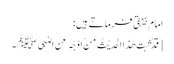
امام بیہقی ؒ فرماتے ہیں :
[قَدْ ثَبَتَ ھٰذَا الحَدِیْثُ مِنْ اَوْجُہٍ عَنِ النَبِیﷺ۔